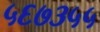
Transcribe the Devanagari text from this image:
५६७३५५